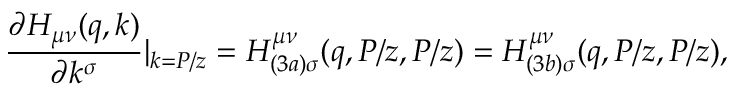
\frac { \partial H _ { \mu \nu } ( q , k ) } { \partial k ^ { \sigma } } | _ { k = P / z } = H _ { ( 3 a ) \sigma } ^ { \mu \nu } ( q , P / z , P / z ) = H _ { ( 3 b ) \sigma } ^ { \mu \nu } ( q , P / z , P / z ) ,